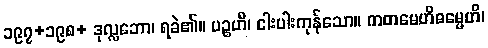
၁၉၇+၁၉၈+ ဒုလ္လဘော၊ ရခဲ၏။ ပဉ္စဟိ၊ ငါးပါးကုန်သော။ ကတမေဟိဓမ္မေဟိ၊